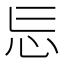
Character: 𭜎